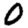
Digit: 0